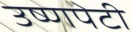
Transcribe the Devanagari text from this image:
उष्णपेटी